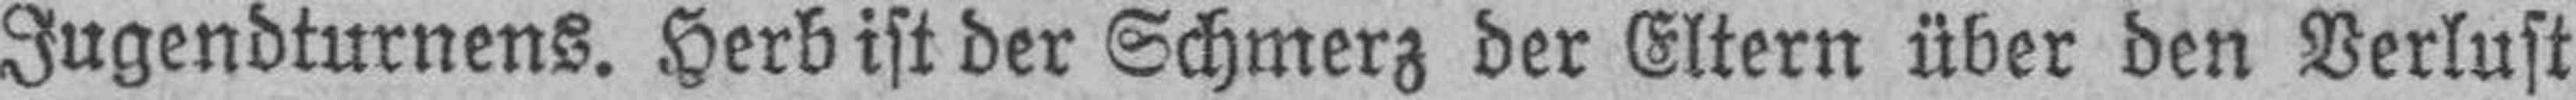
Jugendturnens. Herb ist der Schmerz der Eltern über den Verlust